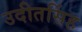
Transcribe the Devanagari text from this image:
उदीतसिंह